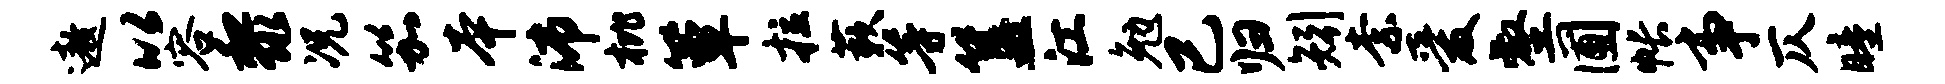
遨以容黎况笳本沛枇簟拉蔌等簋江勉已归矧柰爱壑圃帐事仄瞳